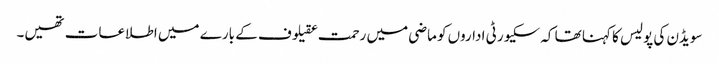
سویڈن کی پولیس کا کہنا تھا کہ سکیورٹی اداروں کو ماضی میں رحمت عقیلوف کے بارے میں اطلاعات تھیں۔